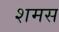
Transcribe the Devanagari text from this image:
शमस